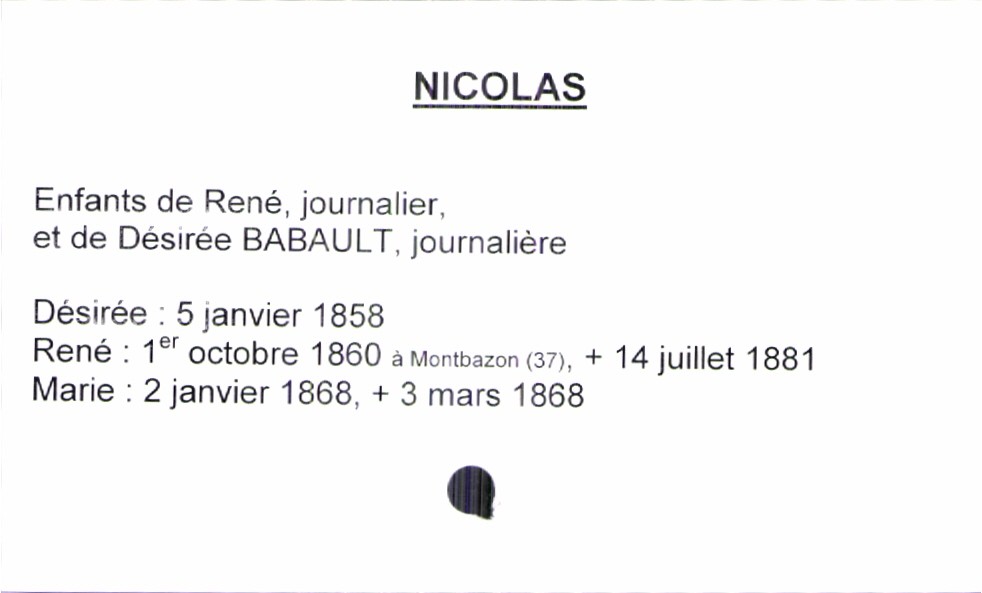
type_acte: Baptême
filiation: fille
enfant_prénom: Marie
enfant_date_de_naissance: 2 janvier 1868
enfant_lieu_de_naissance: Montbazon (37)
enfant_date_de_décès: 3 mars 1868
père_enfant_nom: Nicolas
père_enfant_prénom: René
père_enfant_profession: journalier
mère_enfant_nom: Babault
mère_enfant_prénom: Désirée
mère_enfant_profession: journalière